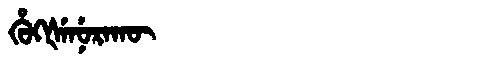
Manchu: ᡥᡠᡴᡧᡝᠨᡠᡵᠠᡴᡡ
Romanization: HUKŠENURAKŪ